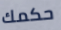
حكمك